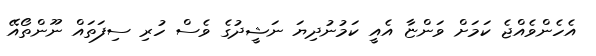
އެހެންވެއްޖެ ކަމަށް ވަންޏާ އެއީ ކަމުނުދިޔަ ނަޝީދުގެ ވެސް ހުރި ސިފަތައް ނޫންތޯއޭ